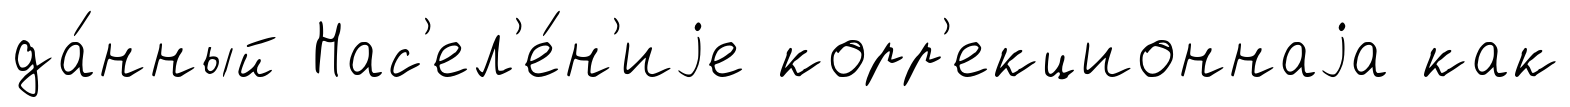
да́нный Нас'ел'е́н'иjе корр'екционнаjа как